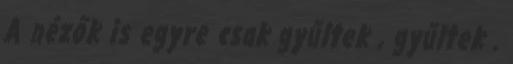
A nézők is egyre csak gyűltek , gyűltek .